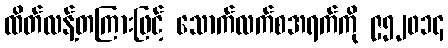
ထိတ်လန့်တကြားဖြင့် သောက်လက်စအရက်ကို ၉၅၂၀၁၄